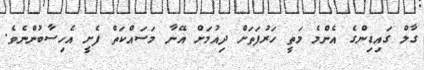
ގާލް ގައިޑިންގެ އެންމެ މަތީ ހަރުފަތަށް ދިއުމަށް އޭނާ މަސައްކަތް ފެށީ އެހިސާބުންނެވެ.